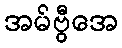
အမ်ဗွီအေ